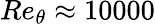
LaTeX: Re_{\theta}\approx 10000